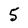
Character: 5